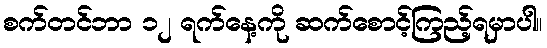
စက်တင်ဘာ ၁၂ ရက်နေ့ကို ဆက်စောင့်ကြည့်ရမှာပါ။